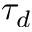
\tau _ { d }